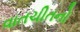
વાતચીતનો